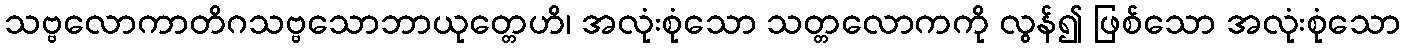
သဗ္ဗလောကာတိဂသဗ္ဗသောဘာယုတ္တေဟိ၊ အလုံးစုံသော သတ္တလောကကို လွန်၍ ဖြစ်သော အလုံးစုံသော